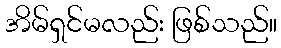
အိမ်ရှင်မလည်း ဖြစ်သည်။